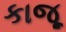
કાજૂ